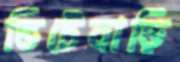
ভিটেবাড়ি